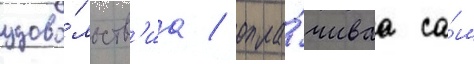
удово́льств'иа / опла́чиваа са́м